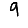
Digit: 9